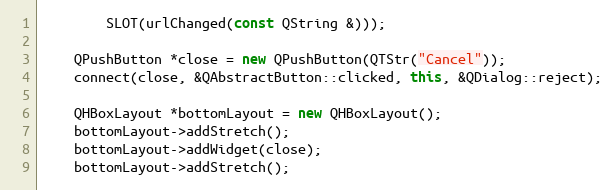
Language: C++
		SLOT(urlChanged(const QString &)));

	QPushButton *close = new QPushButton(QTStr("Cancel"));
	connect(close, &QAbstractButton::clicked, this, &QDialog::reject);

	QHBoxLayout *bottomLayout = new QHBoxLayout();
	bottomLayout->addStretch();
	bottomLayout->addWidget(close);
	bottomLayout->addStretch();